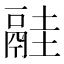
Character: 𩰳